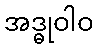
အဒ္ဓုဝါဝ